Indian journal of veterinary science and animal husbandry - Volume 8,
Year: 1938
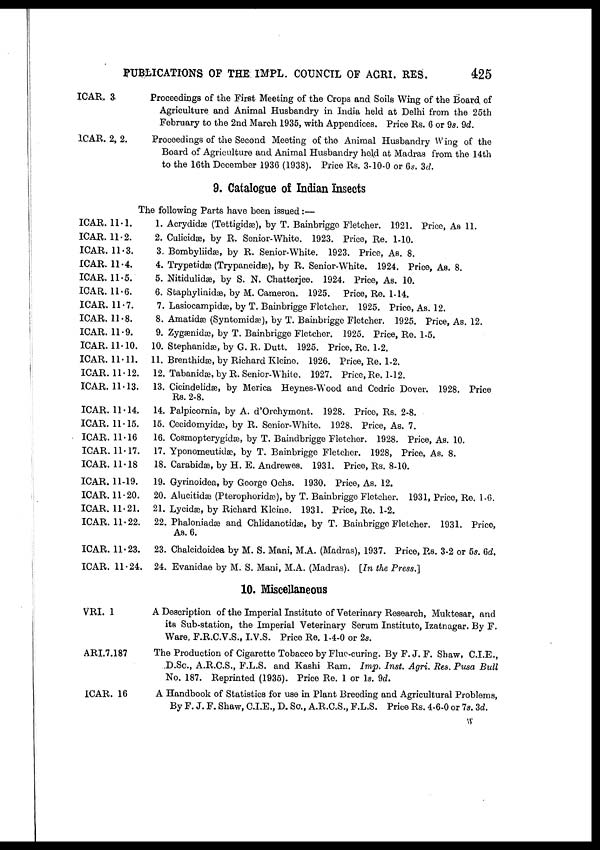
PUBLICATIONS OF THE IMPL. COUNCIL OF AGRI. RES.
425
ICAR. 3
ICAR. 2. 2.
Proceedings of the First Meeting of the Crops and Soils Wing of the Board of
Agriculture and Animal Husbandry in India held at Delhi from the 25th
February to the 2nd March 1935, with Appendices. Price Rs. 6 or 9s. 9d.
Proceedings of the Second Meeting of the Animal Husbandry Wing of the
Board of Agriculture and Animal Husbandry held at Madras from the 14th
to the 16th December 1936 (1938). Price Rs. 3-10-0 or 6s. 2d.
9. Catalogue of Indian Insects
The following Parts have been issued :—
ICAR. 11.1.
ICAR. 11.2.
ICAR. 11.3.
ICAR. 11.4.
ICAR. 11.6.
ICAR. 11.6.
ICAR. 11.7.
ICAR. 11.8.
ICAR. 11.9.
ICAR. 11.10.
ICAR. 11.11.
ICAR. 11.12.
ICAR. 11.13.
ICAR. 11.14.
ICAR. 11.15.
ICAR. 11.16
ICAR. 11.17.
ICAR. 11.18
ICAR. 11.19.
ICAR. 11.20.
ICAR. 11.21.
ICAR. 11.22.
ICAR. 11.23.
ICAR. 11.24.
1. Acrydidæ (Tettigidæ), by T. Bainbrigge Fletcher. 1921. Price, As 11.
2. Culicidæ, by R. Senior-White. 1923. Price, Re. 1-10.
3. Bombyliidæ, by R. Senior-White. 1923. Price, As. 8.
4. Trypetidæ (Trypaneidæ), by R. Senior-White. 1924. Price, As. 8.
5. Nitidulidæ, by S. N. Chatterjee. 1924. Price, As. 10.
6. Staphylinidæ, by M. Cameron. 1925. Price, Re. 1-14.
7. Lasiocampidæ, by T. Bainbrigge Fletcher. 1925. Price, As. 12.
8. Amatidæ (Syntomidæ), by T. Bainbrigge Fletcher. 1925. Price, As. 12.
9. Zygænidæ, by T. Bainbrigge Fletcher. 1925. Price, Re. 1-5.
10. Stephanidæ, by G. R. Dutt. 1925. Price, Re. 1-2.
11. Brenthidæ, by Richard Kleine. 1926. Price, Re. 1-2.
12. Tabanidæ, by R. Senior-White. 1927. Price, Re. 1-12.
13. Cicindelidæ, by Merica Heynes-Wood and Cedric Dover. 1928. Price
Rs. 2-8.
14. Palpicornia, by A. d'Orchymont. 1928. Price, Rs. 2-8.
15. Cecidomyidæ by R. Senior-White. 1928. Price, As. 7.
16. Cosmopterygidæ, by T. Baindbrigge Fletcher. 1928. Price, As. 10.
17. Yponomeutidæ, by T. Bainbrigge Fletcher. 1928, Price, As. 8.
18. Carabidæ, by H. E. Andrewes. 1931. Price, Rs. 8-10.
19. Gyrinoidea, by George Ochs. 1930. Price, As. 12.
20. Alucitidæ (Pterophoridæ), by T. Bainbrigge Fletcher. 1931, Price, Re. 1-6.
21. Lycidæ, by Richard Kleine. 1931. Price, Re. 1-2.
22. Phaloniadæ and Chlidanotidæ, by T. Bainbrigge Fletcher. 1931. Price,
As. 6.
23. Chalcidoidea by M. S. Mani, M.A. (Madras), 1937. Price, Rs. 3-2 or 5s. 6d.
24. Evanidae by M. S. Mani, M.A. (Madras). [In the Press,]
10. Miscellaneous
VRI. 1
ARI.7.187
ICAR. 16
A Description of the Imperial Institute of Veterinary Research, Muktesar, and
its Sub-station, the Imperial Veterinary Serum Institute, Izatnagar. By F.
Ware, F.R.C.V.S., I.V.S. Price Re. 1-4-0 or 2s.
The Production of Cigarette Tobacco by Flue-curing. By F.J. F. Shaw, C.I.E.,
D.Sc., A.R.C.S., F.L.S. and Kashi Ram. Imp. Inst. Agri. Res. Pusa Bull
No. 187. Reprinted (1935). Price Re. 1 or 1s. 9d.
A Handbook of Statistics for use in Plant Breeding and Agricultural Problems,
By F. J. F. Shaw, C.I.E., D. Sc., A.R.C.S., F.L.S. Price Rs. 4-6-0 or 7s. 3d.
W